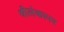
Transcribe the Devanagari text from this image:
श्रीलंकापर